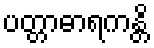
ပတ္တာဓာရကန္တိ